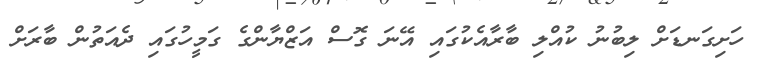
ހަށިގަނޑަށް ލިބުނު ކުއްލި ބާރާއެކުގައި އޭނަ ގޮސް އަޒްޔާންގެ ގަމީހުގައި ދެއަތުން ބާރަށް